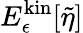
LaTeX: E_{\epsilon}^{\mathrm{kin}}[\tilde{\eta}]